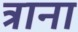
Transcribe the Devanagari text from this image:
त्राना